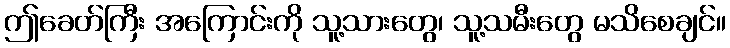
ဤခေတ်ကြီး အကြောင်းကို သူ့သားတွေ၊ သူ့သမီးတွေ မသိစေချင်။